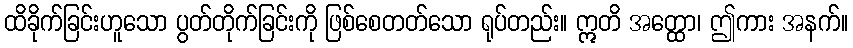
ထိခိုက်ခြင်းဟူသော ပွတ်တိုက်ခြင်းကို ဖြစ်စေတတ်သော ရုပ်တည်း။ ဣတိ အတ္ထော၊ ဤကား အနက်။